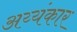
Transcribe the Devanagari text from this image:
अय्यंकार